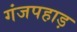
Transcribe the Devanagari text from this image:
गंजपहाड़